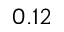
0 . 1 2